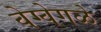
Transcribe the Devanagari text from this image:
वेग्वेगळे